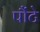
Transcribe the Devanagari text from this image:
पौंटे